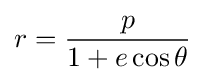
r={\frac {p}{1+e\cos \theta }}